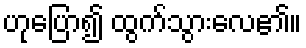
ဟုပြော၍ ထွက်သွားလေ၏။